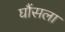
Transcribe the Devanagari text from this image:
घौंसला